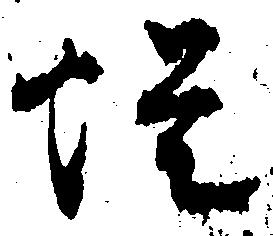
蜷